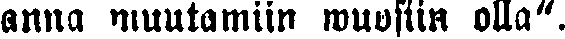
anna muutamiin wuosiin olla".